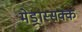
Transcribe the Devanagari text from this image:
मेड्रास्सक्क